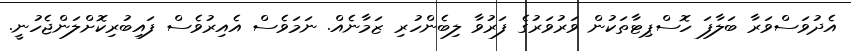
އެދުވަސްވަރާ ބަލާފަ ހޮސްޕިޓާތަކުން ވަރުވަރުގެ ފަރުވާ ލިބެންހުރި ޒަމާނެއް. ނަމަވެސް އެއިރުވެސް ފައިބުރިކޮށްލަންޖެހުނީ.